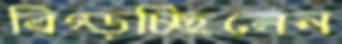
বিগ্‌ড়চ্ছিলেন